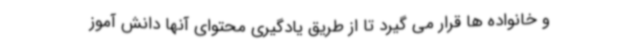
و خانواده ها قرار می گیرد تا از طریق یادگیری محتوای آنها دانش آموز